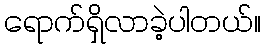
ရောက်ရှိလာခဲ့ပါတယ်။